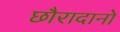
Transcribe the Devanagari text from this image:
छौरादानो